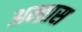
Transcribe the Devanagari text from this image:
अम्ब्रास